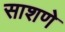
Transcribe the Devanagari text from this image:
साशणे